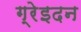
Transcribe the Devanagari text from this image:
ग्रेइदन